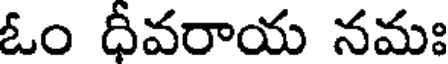
ఓం ధీవరాయ నమః